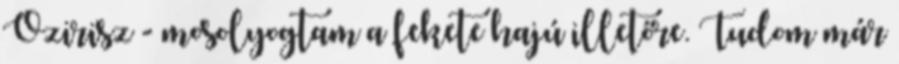
Ozirisz - mosolyogtam a fekete hajú illetőre. Tudom már